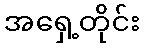
အရှေ့တိုင်း